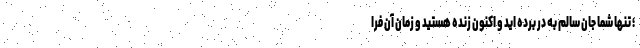
؛ تنها شما جان سالم به در برده اید و اکنون زنده هستید و زمان آن فرا